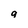
Character: 9